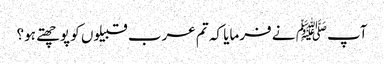
آپﷺ نے فرمایا کہ تم عرب قبیلوں کو پوچھتے ہو؟